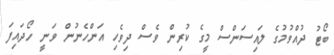
ބޯޓު ދުއްވުމުގެ ލައިސަންސް މީގެ ކުރިން ވެސް ދިވެހި އަންހެނުން ވަނީ ހޯދައިފަ